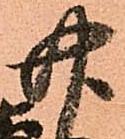
廿